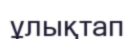
ұлықтап